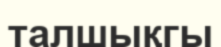
талшықгы